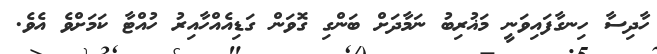
ހާދިސާ ހިނގާފައިވަނީ މަޣުރިބު ނަމާދަށް ބަންގި ގޮވަން ގަޑިއެއްހާއިރު ހުއްޓާ ކަމަށްވެ އެވެ.